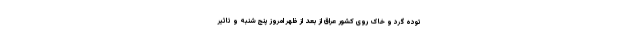
توده گرد و خاک روی کشور عراق از بعد از ظهر امروز پنج شنبه و تاثیر